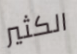
الكثير